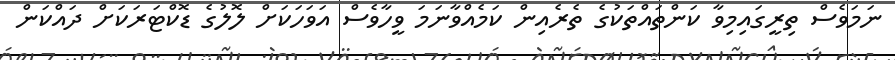
ނަމަވެސް ތިރީގައިމިވާ ކަންތައްތަކުގެ ތެރެއިން ކަމެއްވާނަމަ ވީހާވެސް އަވަހަކަށް ލޮލުގެ ޑޮކްޓަރަކަށް ދައްކަން